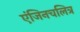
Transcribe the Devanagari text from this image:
एंजिनचलित्र